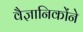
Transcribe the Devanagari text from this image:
वैज्ञानिकोंने